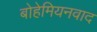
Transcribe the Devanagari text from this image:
बोहेमियनवाद